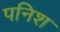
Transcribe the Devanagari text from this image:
पनिश